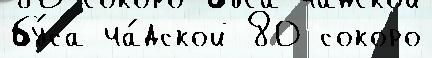
бу́са ча́дской 80 сокоро